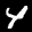
Label: 4